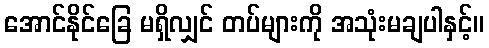
အောင်နိုင်ခြေ မရှိလျှင် တပ်များကို အသုံးမချပါနှင့်။